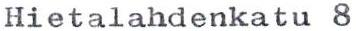
Hietalahdenkatu 8